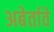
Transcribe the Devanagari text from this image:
अबेर्तावे